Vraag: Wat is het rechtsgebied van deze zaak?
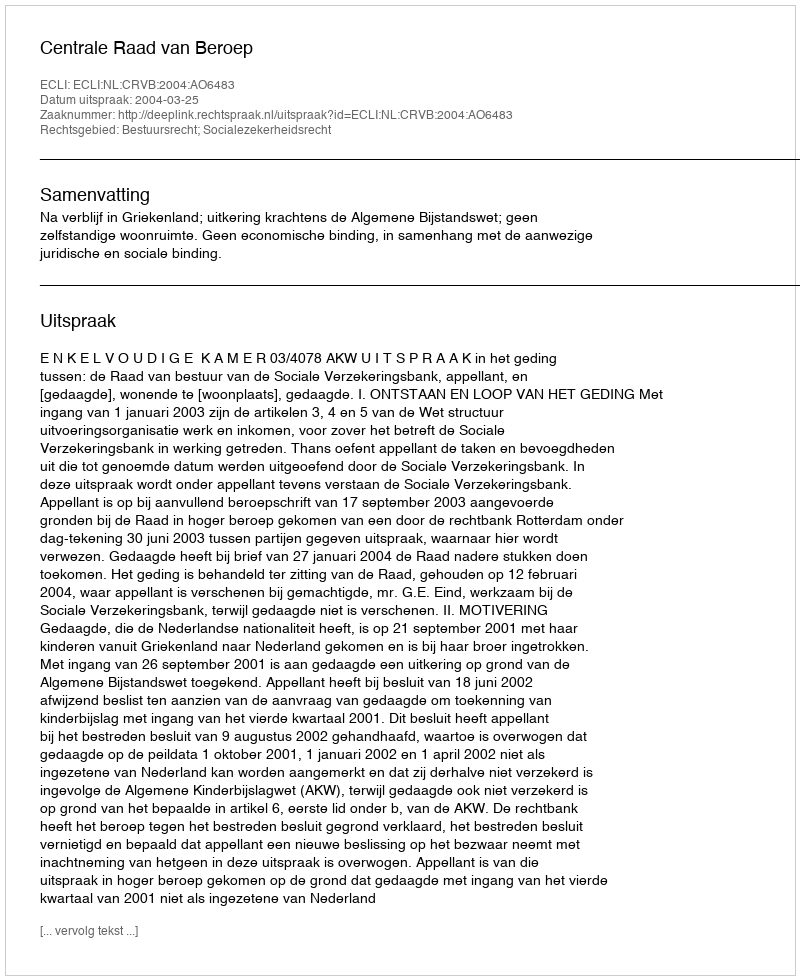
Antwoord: Bestuursrecht; Socialezekerheidsrecht